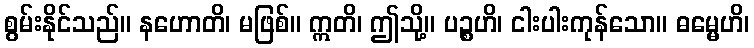
စွမ်းနိုင်သည်။ နဟောတိ၊ မဖြစ်။ ဣတိ၊ ဤသို့။ ပဉ္စဟိ၊ ငါးပါးကုန်သော။ ဓမ္မေဟိ၊